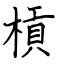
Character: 槓